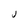
Character: J